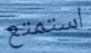
استمتع